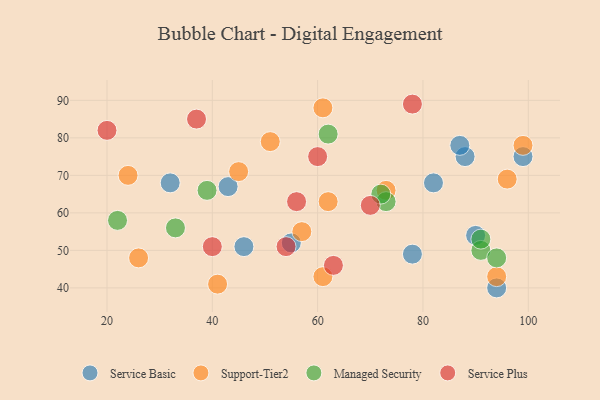
{"axis": {"x": "GDP", "y": "Life Expectancy"}, "legend": ["Managed Security", "Service Basic", "Service Plus", "Support-Tier2"], "data": [{"x": "46", "y": 51, "type": "Service Basic"}, {"x": "88", "y": 75, "type": "Service Basic"}, {"x": "82", "y": 68, "type": "Service Basic"}, {"x": "94", "y": 40, "type": "Service Basic"}, {"x": "99", "y": 75, "type": "Service Basic"}, {"x": "55", "y": 52, "type": "Service Basic"}, {"x": "43", "y": 67, "type": "Service Basic"}, {"x": "78", "y": 49, "type": "Service Basic"}, {"x": "90", "y": 54, "type": "Service Basic"}, {"x": "87", "y": 78, "type": "Service Basic"}, {"x": "32", "y": 68, "type": "Service Basic"}, {"x": "99", "y": 78, "type": "Support-Tier2"}, {"x": "41", "y": 41, "type": "Support-Tier2"}, {"x": "73", "y": 66, "type": "Support-Tier2"}, {"x": "61", "y": 43, "type": "Support-Tier2"}, {"x": "94", "y": 43, "type": "Support-Tier2"}, {"x": "62", "y": 63, "type": "Support-Tier2"}, {"x": "51", "y": 79, "type": "Support-Tier2"}, {"x": "96", "y": 69, "type": "Support-Tier2"}, {"x": "57", "y": 55, "type": "Support-Tier2"}, {"x": "61", "y": 88, "type": "Support-Tier2"}, {"x": "45", "y": 71, "type": "Support-Tier2"}, {"x": "24", "y": 70, "type": "Support-Tier2"}, {"x": "26", "y": 48, "type": "Support-Tier2"}, {"x": "91", "y": 50, "type": "Managed Security"}, {"x": "33", "y": 56, "type": "Managed Security"}, {"x": "94", "y": 48, "type": "Managed Security"}, {"x": "62", "y": 81, "type": "Managed Security"}, {"x": "73", "y": 63, "type": "Managed Security"}, {"x": "91", "y": 53, "type": "Managed Security"}, {"x": "22", "y": 58, "type": "Managed Security"}, {"x": "72", "y": 65, "type": "Managed Security"}, {"x": "39", "y": 66, "type": "Managed Security"}, {"x": "56", "y": 63, "type": "Service Plus"}, {"x": "60", "y": 75, "type": "Service Plus"}, {"x": "78", "y": 89, "type": "Service Plus"}, {"x": "63", "y": 46, "type": "Service Plus"}, {"x": "37", "y": 85, "type": "Service Plus"}, {"x": "54", "y": 51, "type": "Service Plus"}, {"x": "70", "y": 62, "type": "Service Plus"}, {"x": "20", "y": 82, "type": "Service Plus"}, {"x": "40", "y": 51, "type": "Service Plus"}]}